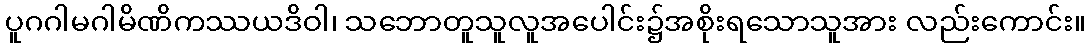
ပူဂဂါမဂါမိဏိကဿယဒိဝါ၊ သဘောတူသူလူအပေါင်း၌အစိုးရသောသူအား လည်းကောင်း။